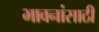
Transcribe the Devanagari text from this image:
भावनांसाठी